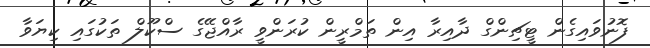
ފޮނުވައިގެން ޓީޗިންގް ދާއިރާ އިން ތަމްރީން ކުރަންވީ ރާއްޖޭގެ ސްކޫލް ތަކުގައި ކިޔަވާ